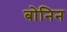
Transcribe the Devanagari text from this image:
बोनिन